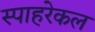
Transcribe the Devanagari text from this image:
स्पाहरेकल